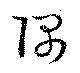
隅